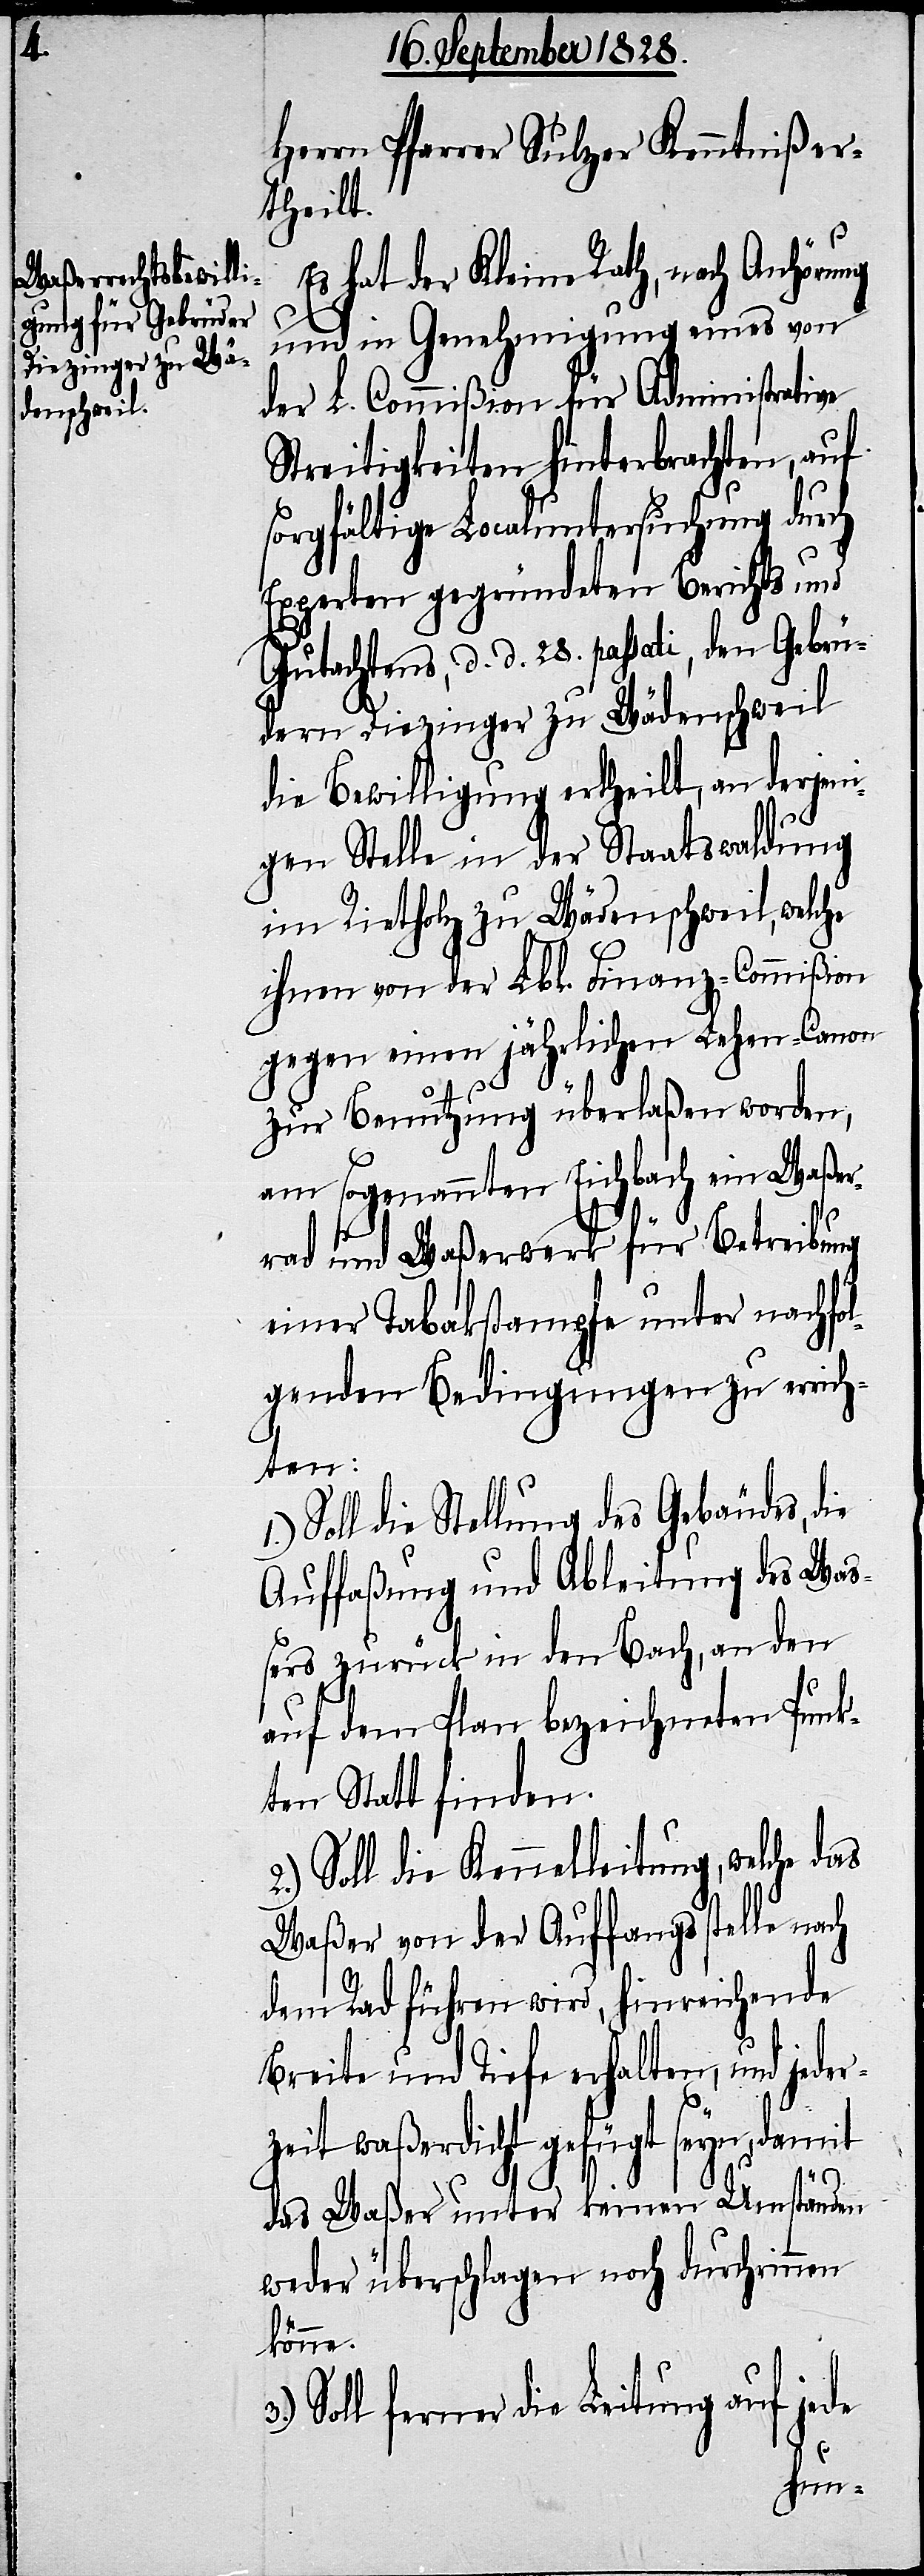
Herrn Pfarrer Sulzer Kenntniß er¬
theilt.
Es hat der Kleine Rath, nach Anhörung
und in Genehmigung eines von
der L. Commißion für Administrative
Streitigkeiten hinterbrachten, auf
sorgfältige Localuntersuchung durch
Experten gegründeten Berichts und
Gutachtens, d. d. 28. passati, den Gebrü¬
dern Diezinger zu Wädenschweil
die Bewilligung ertheilt, an derjeni¬
gen Stelle in der Staatswaldung
im Riethof zu Wädenschweil, welche
ihnen von der Lbl. Finanz-Commißion
gegen einen jährlichen Lehen-Canon
zur Benutzung überlaßen worden,
am sogenannten Eichbach ein Waßer¬
rad und Waßerwerk für Betreibung
einer Tabakstampfe unter nachfo¬
lgenden Bedingungen zu errich¬
ten:
Soll die Stellung des Gebäudes, die
Auffaßung und Ableitung des Wa¬
ßers zurück in den Bach, an den
auf dem Plan bezeichneten Punk¬
ten Statt finden.
Soll die Kennelleitung, welche das
Waßer von der Auffangstelle nach
dem Rad führen wird, hinreichende
Breite und Tiefe erhalten, und jeder¬
zeit waßerdicht gefügt seyn, damit
das Waßer unter keinen Umständen
weder überschlagen noch durchrinnen
könne.
Soll ferner die Leitung auf jede